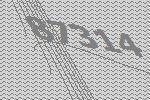
87314